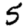
Digit: 5